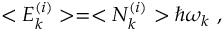
< E _ { k } ^ { ( i ) } > = < N _ { k } ^ { ( i ) } > \hbar \omega _ { k } \ ,